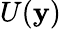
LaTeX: U(\mathbf{y})